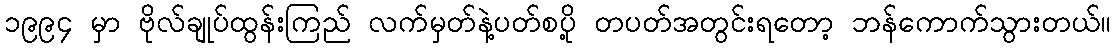
၁၉၉၄ မှာ ဗိုလ်ချုပ်ထွန်းကြည် လက်မှတ်နဲ့ပတ်စပို့ တပတ်အတွင်းရတော့ ဘန်ကောက်သွားတယ်။